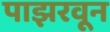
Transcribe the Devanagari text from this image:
पाझरवून